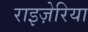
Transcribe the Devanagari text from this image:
राइज़ेरिया